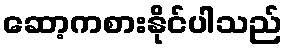
ဆော့ကစားနိုင်ပါသည်